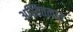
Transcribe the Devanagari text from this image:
अस्तितत्वात